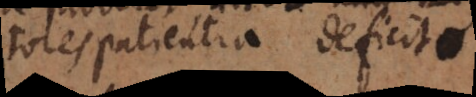
tores patientia deficit